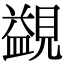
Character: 䚊